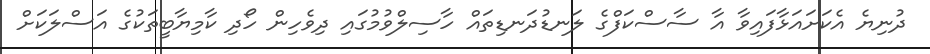
ދުނިޔެ އެކަށައަޅާފައިވާ އާ ސާސްކަފްގެ ލަނޑުދަނޑިތައް ހާސިލްވުމުގައި ދިވެހިން ހޯދި ކާމިޔާބީތަކުގެ އަސްލަކަށް